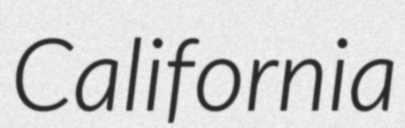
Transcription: California